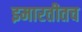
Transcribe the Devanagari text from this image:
इमारतीतच